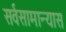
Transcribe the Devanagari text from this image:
सर्वसामान्यास